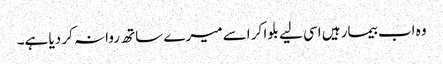
وہ اب بیمار ہیں اسی لیے بلوا کر اسے میرے ساتھ روانہ کر دیا ہے۔